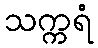
သက္ကရံ